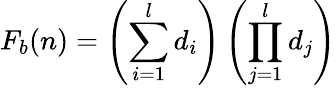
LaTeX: F_{b}(n)=\left(\sum_{i=1}^{l}d_{i}\right)\left(\prod_{j=1}^{l}d_{j}\right)